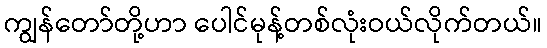
ကျွန်တော်တို့ဟာ ပေါင်မုန့်တစ်လုံးဝယ်လိုက်တယ်။